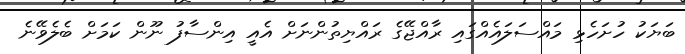
ބަޔަކު ހުށަހެޅި މައްސަލައެއްގައި ރާއްޖޭގެ ރައްޔިތުންނަށް އެއީ އިންސާފު ނޫން ކަމަށް ބެލެވޭނެ